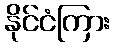
နိုင်ငံကြား